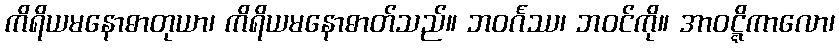
ကိရိယမနောဓာတုယာ၊ ကိရိယမနောဓာတ်သည်။ ဘဝင်္ဂဿ၊ ဘဝင်ကို။ အာဝဋ္ဋိကာလော၊